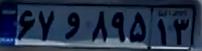
۶۷و۸۹۵۱۳